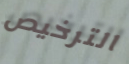
الترخيص